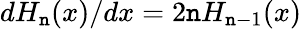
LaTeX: dH_{\mathtt{n}}(x)/dx=2\mathtt{n}H_{\mathtt{n}-1}(x)